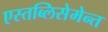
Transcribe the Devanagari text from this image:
एस्तब्लिसेमेन्त